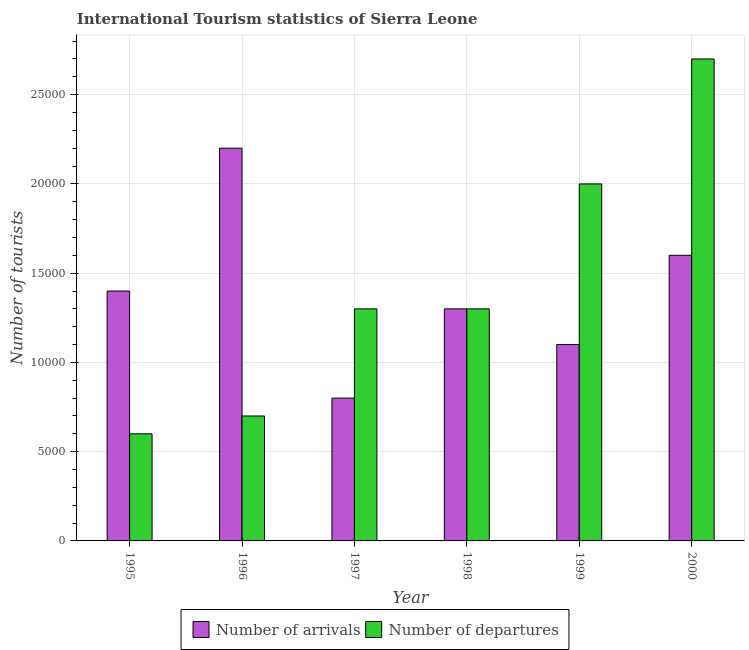
| Year | Number of arrivals | Number of departures |
 | --- | --- | --- |
 | 1995 | 1.4e+04 | 6e+03 |
 | 1996 | 2.2e+04 | 7e+03 |
 | 1997 | 8e+03 | 1.3e+04 |
 | 1998 | 1.3e+04 | 1.3e+04 |
 | 1999 | 1.1e+04 | 2e+04 |
 | 2000 | 1.6e+04 | 2.7e+04 |